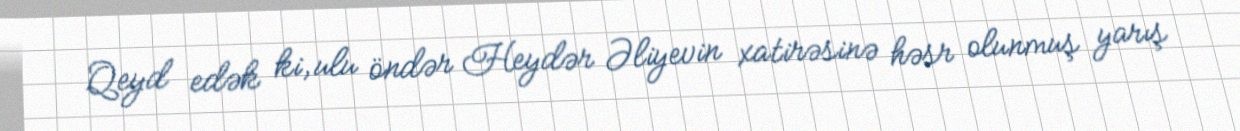
Qeyd edək ki, ulu öndər Heydər Əliyevin xatirəsinə həsr olunmuş yarış